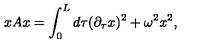
x A x = \int _ { 0 } ^ { L } d \tau ( \partial _ { \tau } x ) ^ { 2 } + \omega ^ { 2 } x ^ { 2 } ,